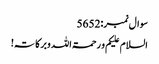
سوال نمبر:5652
السلام علیکم و رحمۃاللہ وبرکاتہ!